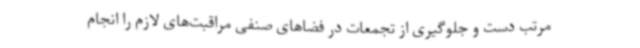
مرتب دست و جلوگیری از تجمعات در فضاهای صنفی مراقبت‌های لازم را انجام